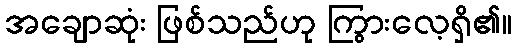
အချောဆုံး ဖြစ်သည်ဟု ကြွားလေ့ရှိ၏။